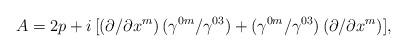
LaTeX: \begin{align*}A=2p+i\,[(\partial/\partial x^m)\,(\gamma^{0m}/\gamma^{03})+(\gamma^{0m}/\gamma^{03})\,(\partial/\partial x^m)],\end{align*}